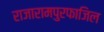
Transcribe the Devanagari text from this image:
राजारामपुरफाजिल